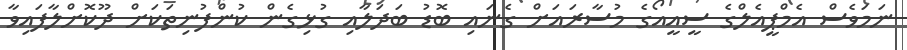
ނަމަވެސް އެމްޕީއެލްގެ ސީއީއޯގެ މުސާރައަށް ގެނައި ބޮޑު ބަދަލާއި ގުޅިގެން ކުންފުނިތަކަށް ދޫކޮށްލާފައިވާ